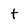
Character: t